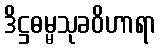
ဒိဋ္ဌဓမ္မသုခဝိဟာရာ